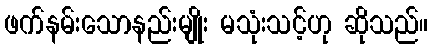
ဖက်နမ်းသောနည်းမျိုး မသုံးသင့်ဟု ဆိုသည်။